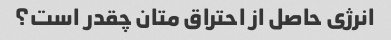
انرژی حاصل از احتراق متان چقدر است؟